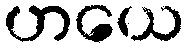
ဟယေ